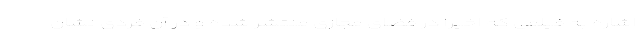
اشاره به فیلمی که اخیرا در فضای مجازی منتشر شده و در آن فردی نشان